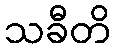
သခီတိ